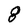
Character: g